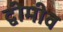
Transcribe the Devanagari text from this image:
द्वीमीव